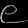
Digit: ၉